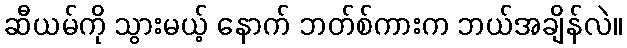
ဆီယမ်ကို သွားမယ့် နောက် ဘတ်စ်ကားက ဘယ်အချိန်လဲ။